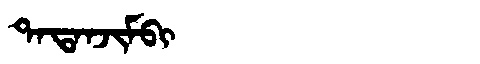
Manchu: ᡨᠠᡨᠠᠨᠵᡳᠮᠪᡳ
Romanization: TATANJIMBI